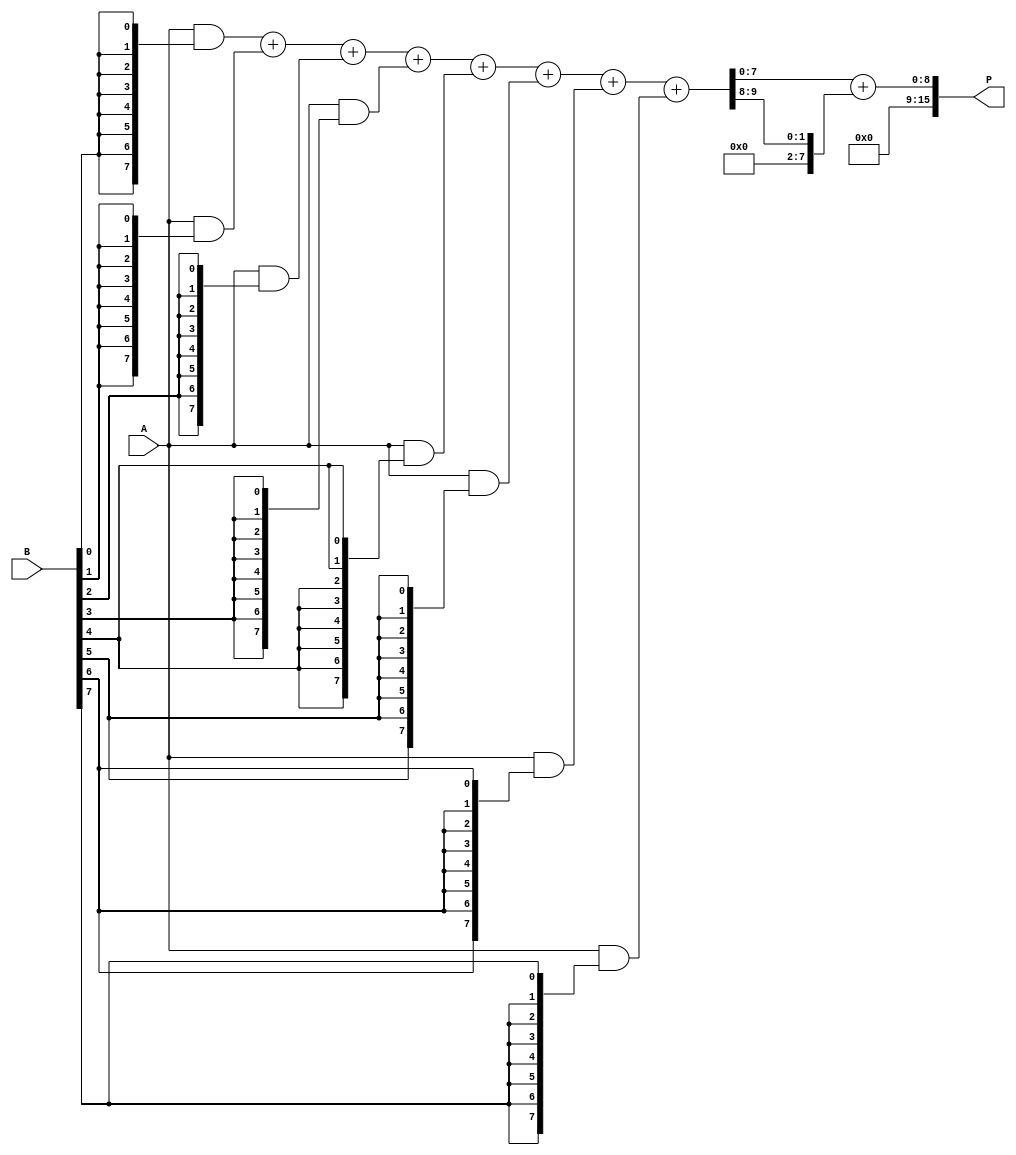
module AdaptiveWallaceTreeMultiplier #(parameter N = 8) (
    input  [N-1:0] A,
    input  [N-1:0] B,
    output reg [2*N-1:0] P
);
    // Generate Partial Products
    wire [N-1:0] pp [0:N-1]; // Partial products
    genvar i, j;
    generate
        for (i = 0; i < N; i = i + 1) begin : gen_partial_products
            assign pp[i] = A & {N{B[i]}};
        end
    endgenerate

    // Wallace Tree Reduction
    wire [N-1:0] sum [0:N/2-1];
    wire [N-1:0] carry [0:N/2-1];
    wire [N-1:0] final_sum;
    wire [N-1:0] final_carry;

    // Reduce partial products using Wallace Tree method
    generate
        for (i = 0; i < N/2; i = i + 1) begin : reduce_stage
            if (i == 0) begin
                assign {carry[i], sum[i]} = pp[0] + pp[1];
            end else if (i < N/2) begin
                assign {carry[i], sum[i]} = sum[i-1] + pp[i*2] + pp[i*2 + 1];
            end
        end
    endgenerate

    // Final Addition
    assign {final_carry, final_sum} = sum[N/2-1] + carry[N/2-1];

    // Output the final product
    always @(*) begin
        P = {final_carry, final_sum};
    end

endmodule